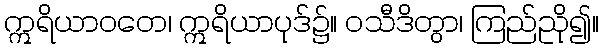
ဣရိယာဝတေ၊ ဣရိယာပုဒ်၌။ ဝသီဒိတွာ၊ ကြည်ညို၍။